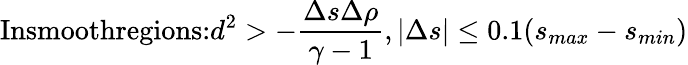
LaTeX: \textrm{Insmoothregions:}d^{2}>-\frac{\Delta s\Delta\rho}{\gamma-1},|\Delta s|\leq 0.1(s_{max}-s_{min})